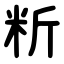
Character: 䉼